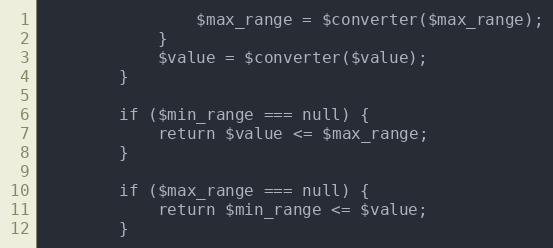
Language: PHP
				$max_range = $converter($max_range);
			}
			$value = $converter($value);
		}

		if ($min_range === null) {
			return $value <= $max_range;
		}

		if ($max_range === null) {
			return $min_range <= $value;
		}